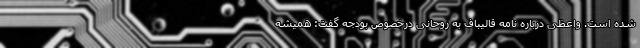
شده است. واعظی درباره نامه قالیباف به روحانی درخصوص بودجه گفت: همیشه